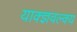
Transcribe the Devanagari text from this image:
याक्ज्ञवल्क्य